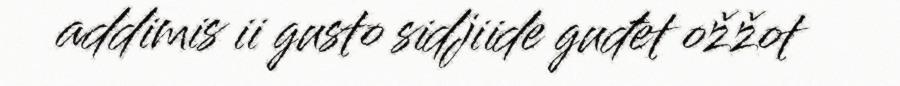
addimis ii gusto sidjiide guđet ožžot